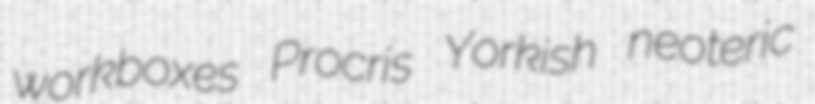
workboxes Procris Yorkish neoteric